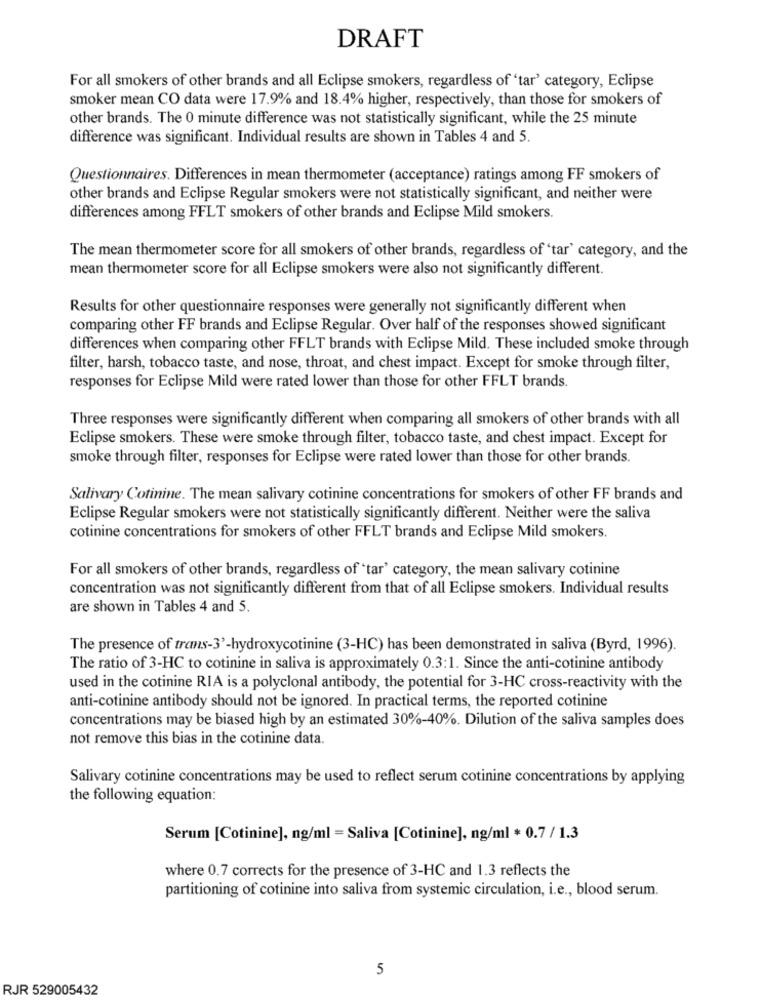
DRAFT
For all smokers of other brands and all Eclipse smokers, regardless of 'tar' category, Eclipse
smoker mean CO data were 17.9% and 18.4% higher, respectively, than those for smokers of
other brands. The 0 minute difference was not statistically significant, while the 25 minute
difference was significant. Individual results are shown in Tables 4 and 5.
Questionnaires. Differences in mean thermometer (acceptance) ratings among FF smokers of
other brands and Eclipse Regular smokers were not statistically significant, and neither were
differences among FFLT smokers of other brands and Eclipse Mild smokers.
The mean thermometer score for all smokers of other brands, regardless of 'tar' category, and the
mean thermometer score for all Eclipse smokers were also not significantly different.
Results for other questionnaire responses were generally not significantly different when
comparing other FF brands and Eclipse Regular. Over half of the responses showed significant
differences when comparing other FFLT brands with Eclipse Mild. These included smoke through
filter, harsh, tobacco taste, and nose, throat, and chest impact. Except for smoke through filter,
responses for Eclipse Mild were rated lower than those for other FFLT brands.
Three responses were significantly different when comparing all smokers of other brands with all
Eclipse smokers. These were smoke through filter, tobacco taste, and chest impact. Except for
smoke through filter, responses for Eclipse were rated lower than those for other brands.
Salivary Cotinine. The mean salivary cotinine concentrations for smokers of other FF brands and
Eclipse Regular smokers were not statistically significantly different. Neither were the saliva
cotinine concentrations for smokers of other FFLT brands and Eclipse Mild smokers.
For all smokers of other brands, regardless of 'tar' category, the mean salivary cotinine
concentration was not significantly different from that of all Eclipse smokers. Individual results
are shown in Tables 4 and 5.
The presence of trans-3'-hydroxycotinine (3-HC) has been demonstrated in saliva (Byrd, 1996).
The ratio of 3-HC to cotinine in saliva is approximately 0.3:1. Since the anti-cotinine antibody
used in the cotinine RIA is a polyclonal antibody, the potential for 3-HC cross-reactivity with the
anti-cotinine antibody should not be ignored. In practical terms, the reported cotinine
concentrations may be biased high by an estimated 30%-40%. Dilution of the saliva samples does
not remove this bias in the cotinine data.
Salivary cotinine concentrations may be used to reflect serum cotinine concentrations by applying
the following equation:
Serum [Cotinine], ng/ml = Saliva [Cotinine], ng/ml * 0.7 / 1.3
where 0.7 corrects for the presence of 3-HC and 1.3 reflects the
partitioning of cotinine into saliva from systemic circulation, i.e ., blood serum.
5
RJR 529005432